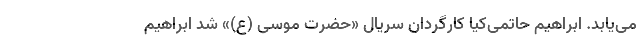
می‌یابد. ابراهیم حاتمی‌کیا کارگردان سریال «حضرت موسی (ع)» شد ابراهیم